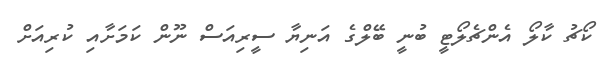
ކޯޗު ކާލޯ އެންޗެލޯޓީ ބުނީ ބޭލްގެ އަނިޔާ ސީރިއަސް ނޫން ކަމަށާއި ކުރިއަށް